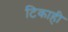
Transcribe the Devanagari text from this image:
टिकाही